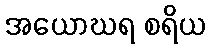
အယောဃရ စရိယ